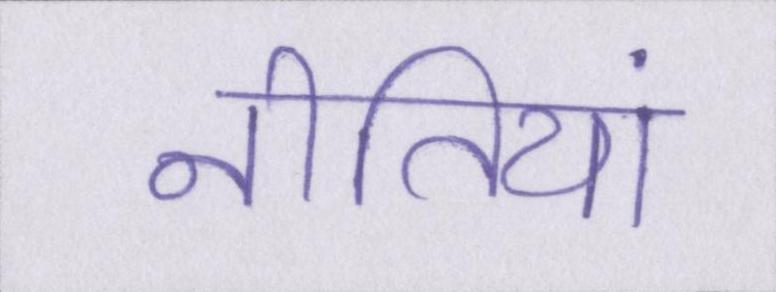
नीतियां